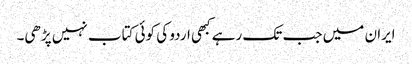
ایران میں جب تک رہے کبھی اردو کی کوئی کتاب نہیں پڑھی۔